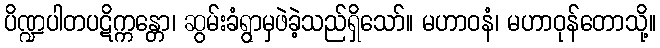
ပိဏ္ဍပါတပဋိက္ကန္တော၊ ဆွမ်းခံရွာမှဖဲခဲ့သည်ရှိသော်။ မဟာဝနံ၊ မဟာဝုန်တောသို့။